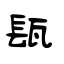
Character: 瓺